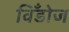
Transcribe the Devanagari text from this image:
विँडोज